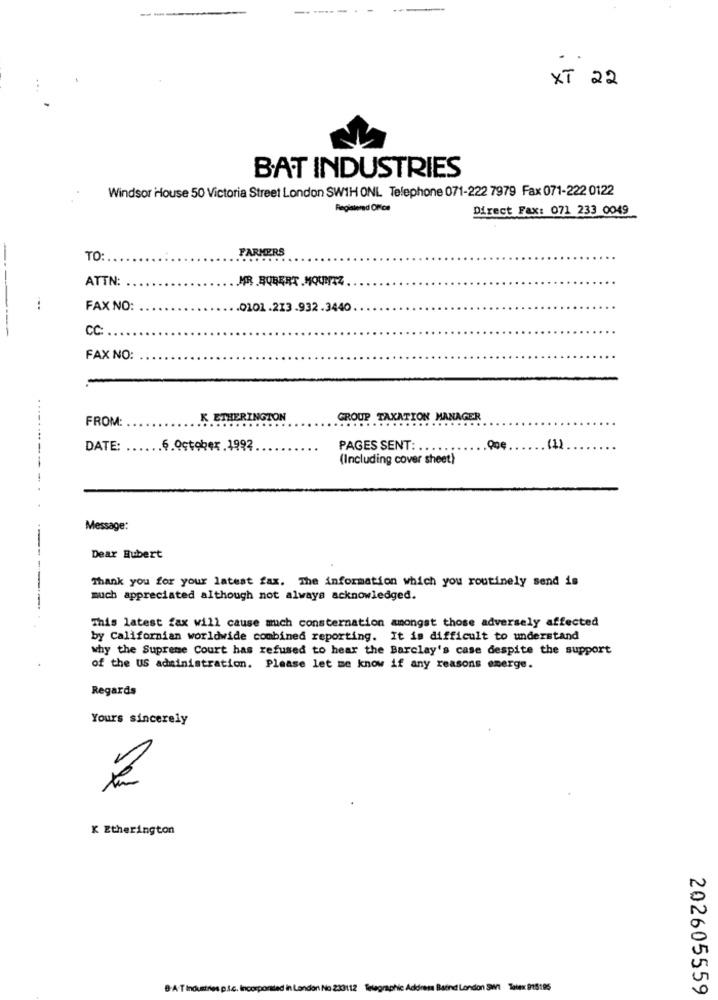
XT 22
BAT INDUSTRIES
Windsor House 50 Victoria Street London SWIH ONL Telephone 071-222 7979 Fax 071-222 0122
Registered Office
Direct Fax: 071 233 0049
FARMERS
TO:
ATTN:
MR .BUBERT . MOUNTZ .
FAX NO:
.0101.213.932.3440
CC:
FAX NO:
FROM:
K ETHERINGTON
GROUP TAXATION MANAGER
DATE:
.6.October.1992
PAGES SENT: .
(1)
(Including cover sheet)
.......----
Message:
Dear Hubert
Thank you for your latest fax. The information which you routinely send is
much appreciated although not always acknowledged.
This latest fax will cause much consternation amongst those adversely affected
by Californian worldwide combined reporting. It is difficult to understand
why the Supreme Court has refused to hear the Barclay's case despite the support
of the US administration. Please let me know if any reasons emerge.
Regards
Yours sincerely
K Etherington
B-A-T Industries p.t.c. Incorporaded in London No 233112 Telegraphic Address Baend London SW1 Talex 915195
202605559